Indian journal of veterinary science and animal husbandry - Volume 4,
Year: 1934
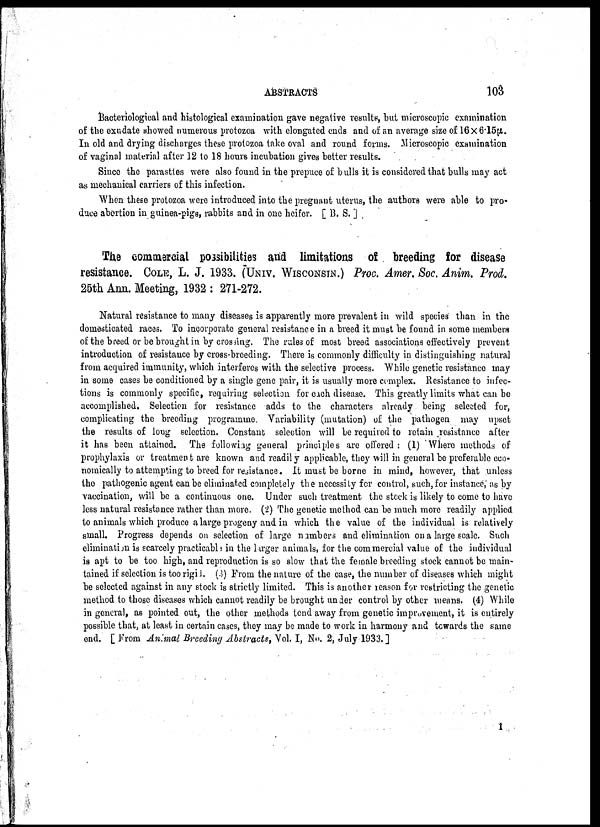
ABSTRACTS
103
Bacteriological and histological examination gave negative results, but microscopic examination
of the exudate showed numerous protozoa with elongated ends and of an average size of 16 × 6.l5μ.
In old and drying discharges these protozoa take oval and round forms. Microscopic examination
of vaginal material after 12 to 18 hours incubation gives better results.
Since the parasties were also found in the prepuce of bulls it is considered that bulls may act
as mechanical carriers of this infection.
When these protozoa were introduced into the pregnant uterus, the authors were able to pro¬
duce abortion in guinea-pigs, rabbits and in one heifer. [B. S. ]
The commercial possibilities and limitations of breeding for disease
resistance. COLE, L. J. 1933. (UNIV. WISCONSIN.) Proc. Amer. Soc. Anim. Prod.
25th Ann. Meeting, 1932 : 271-272.
Natural resistance to many diseases is apparently more prevalent in wild species' than in the
domesticated races. To incorporate general resistance in a breed it must be found in some members
of the breed or be brought in by crossing. The rules of most breed associations effectively prevent
introduction of resistance by cross-breeding. There is commonly difficulty in distinguishing natural
from acquired immunity, which interferes with the selective process. While genetic resistance may
in some cases be conditioned by a single gene pair, it is usually more complex. Resistance to infec
tions is commonly specific, requiring selection for each disease. This greatly limits what can be
accomplished. Selection for resistance adds to the characters already being selected for,
complicating the breeding programme. Variability (mutation) of the pathogen may upset
the results of long selection. Constant selection will be required to retain resistance after
it has been attained. The following general principles are offered : (1) Where methods of
prophylaxis or treatment are known and readily applicable, they will in general be preferable eco
nomically to attempting to breed for resistance. It must be borne in mind, however, that unless
the pathogenic agent can be eliminated completely the necessity for control, such, for instance, as by
vaccination, will be a continuous one. Under such treatment the stock is likely to come to have
less natural resistance rather than more. (2) The genetic method can be much more readily applied
to animals which produce a large progeny and in which the value of the individual is relatively
small. Progress depends on selection of large numbers and elimination on a large scale. Such
elimination is scarcely practicable in the larger animals, for the commercial value of the individual
is apt to be too high, and reproduction is so slow that the female breeding stock cannot be main
tained if selection is too rigil. (3) From the nature of the case, the number of diseases which might
be selected against in any stock is strictly limited. This is another reason for restricting the genetic
method to those diseases which cannot readily be brought under control by other means. (4) While
in general, as pointed out, the other methods tend away from genetic improvement, it is entirely
possible that, at least in certain cases, they may be made to work in harmony and towards the same
end. [ From Animal Breeding Abstracts, Vol. I, No. 2, July 1933. ]
I